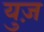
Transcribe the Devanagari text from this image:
युज़